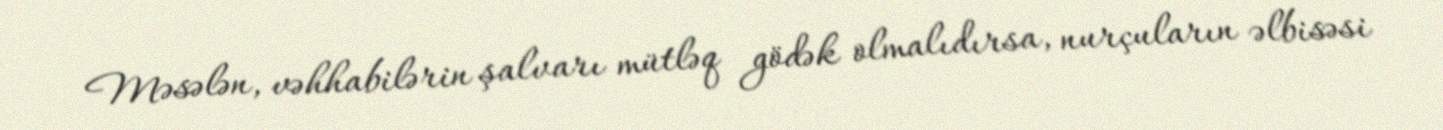
Məsələn, vəhhabilərin şalvarı mütləq gödək olmalıdırsa, nurçuların əlbisəsi